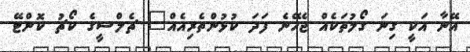
އޭނާ އަކީ ގިނަ ގޯލުތަކެއް ޖެހޭނެ ފަދަ ކުޅުންތެރިއެއް" ޗެލްސީގެ ކޯޗު ކޮންޓޭ